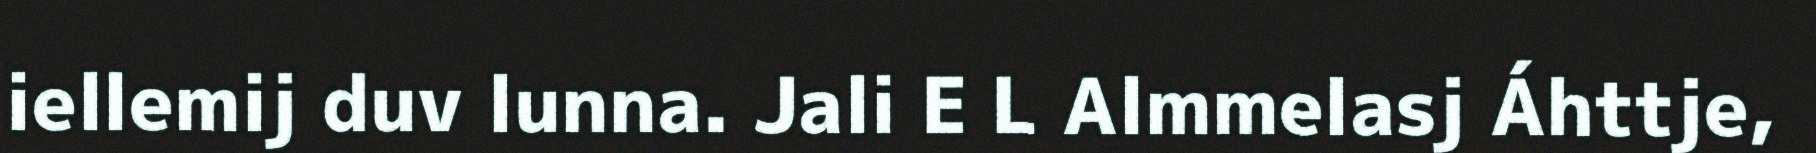
iellemij duv lunna. Jali E L Almmelasj Áhttje,